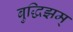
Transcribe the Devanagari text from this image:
बुद्धिझम्